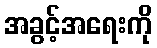
အခွင့်အရေးကို